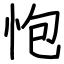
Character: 怉